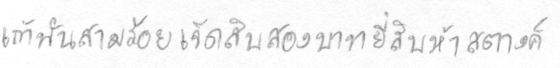
เก้าพันสามร้อยเจ็ดสิบสองบาทยี่สิบห้าสตางค์